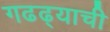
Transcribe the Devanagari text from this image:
गढढ्याची